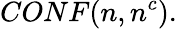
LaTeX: CONF(n,n^{c}).